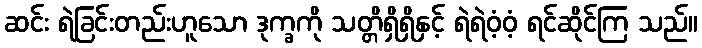
ဆင်း ရဲခြင်းတည်းဟူသော ဒုက္ခကို သတ္တိရှိရှိနှင့် ရဲရဲဝံ့ဝံ့ ရင်ဆိုင်ကြ သည်။